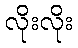
လိုးလိုး